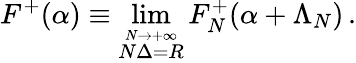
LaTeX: F^{+}(\alpha)\equiv\operatorname*{lim}_{\stackrel{N\rightarrow+\infty}{N\Delta=R}}F_{N}^{+}(\alpha+\Lambda_{N})\, .